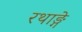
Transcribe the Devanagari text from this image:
रथाङ्गे